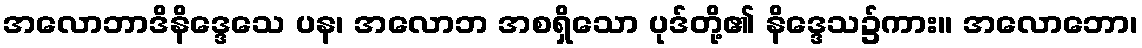
အလောဘာဒိနိဒ္ဒေသေ ပန၊ အလောဘ အစရှိသော ပုဒ်တို့၏ နိဒ္ဒေသ၌ကား။ အလောဘော၊